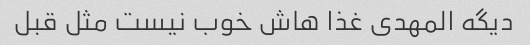
دیگه المهدی غذا هاش خوب نیست مثل قبل